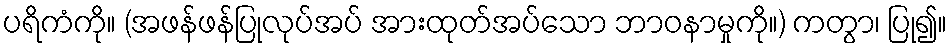
ပရိကံကို။ (အဖန်ဖန်ပြုလုပ်အပ် အားထုတ်အပ်သော ဘာဝနာမှုကို။) ကတွာ၊ ပြု၍။